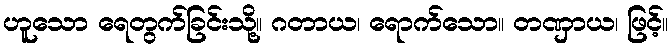
ဟူသော ရေတွက်ခြင်းသို့။ ဂတာယ၊ ရောက်သော။ တဏှာယ၊ ဖြင့်။